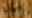
إمي